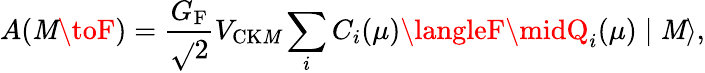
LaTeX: A(\mathit{M}\toF)=\frac{{G_{\mathrm{{F}}}}}{{\sqrt{}{2}}}V_{\mathrm{{CK\mathit{M}}}}\sum_{i}C_{i}(\mu)\langleF\midQ_{i}(\mu)\mid\mathit{M}\rangle,